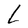
Character: L